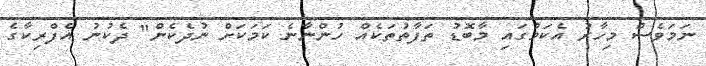
ނަމަވެސް މިހާރު އެކަމުގައި މާބޮޑު ތަފާތުތަކެއް ހުންނާނެ ކަމަކަށް ނުދެކެން" ދެކުނު އެފްރިކާގެ